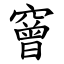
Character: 䆵